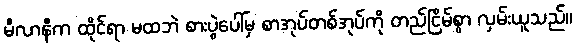
မီလာနီက ထိုင်ရာ မထဘဲ စားပွဲပေါ်မှ စာအုပ်တစ်အုပ်ကို တည်ငြိမ်စွာ လှမ်းယူသည်။